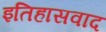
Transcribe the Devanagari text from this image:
इतिहासवाद